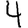
Digit: 4